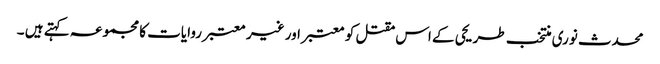
محدث نوری منتخب طریحی کے اس مقتل کو معتبر اور غیر معتبر روایات کا مجموعہ کہتے ہیں ۔